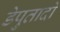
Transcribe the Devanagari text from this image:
डेपुतादो